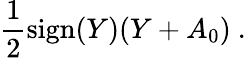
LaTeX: {\frac{1}{2}}\mathrm{sign}(Y)(Y+A_{0})\ .